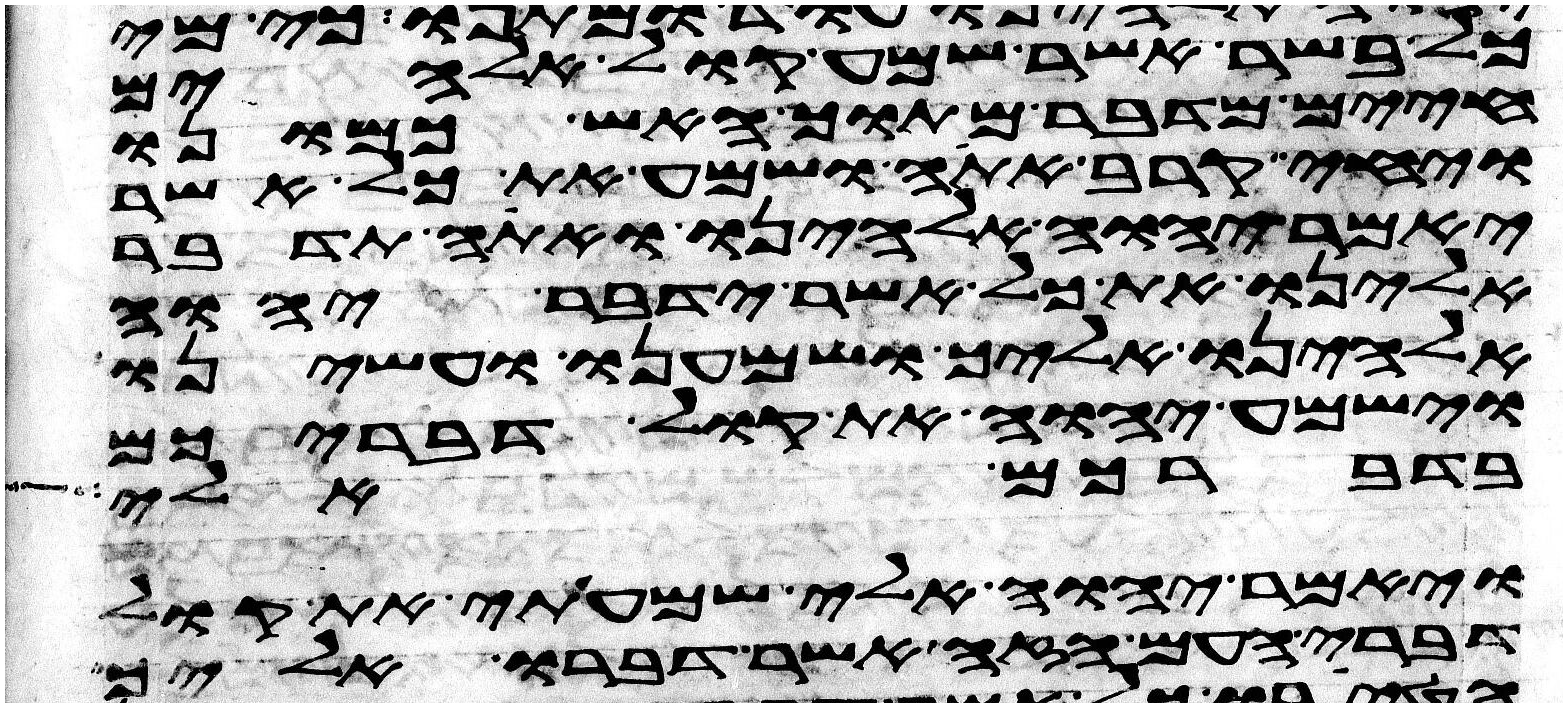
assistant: כל בשר אשר שמע קול אלהים
חיים מדבר מתוך האש כמונו
ויחי קרב אתה ושמע את כל אשר
יאמר יהוה אלהינו ואתה תדבר
אלינו את כל אשר ידבר יהוה
אלהינו אליך ושמענו ועשינו
וישמע יהוה את קול דבריכם
בדברכם אלי
ויאמר יהוה אלי שמעתי את קול
דברי העם הזה אשר דברו אליך